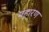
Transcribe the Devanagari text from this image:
महारण